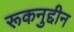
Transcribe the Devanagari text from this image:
रूकनुद्दीन